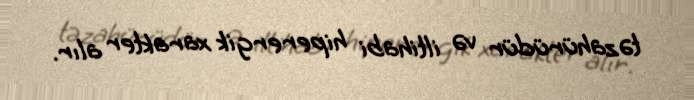
təzahürüdür və iltihabi hiperergik xarakter alır.